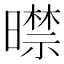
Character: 𣋜